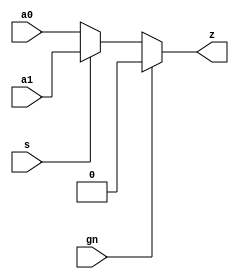
module mx2g
(
	output	z,
	input		a0,
	input		a1,
	input		s,
	input		gn
);

assign z = (gn) ? 1'b0 : (s) ? a1 : a0;

endmodule